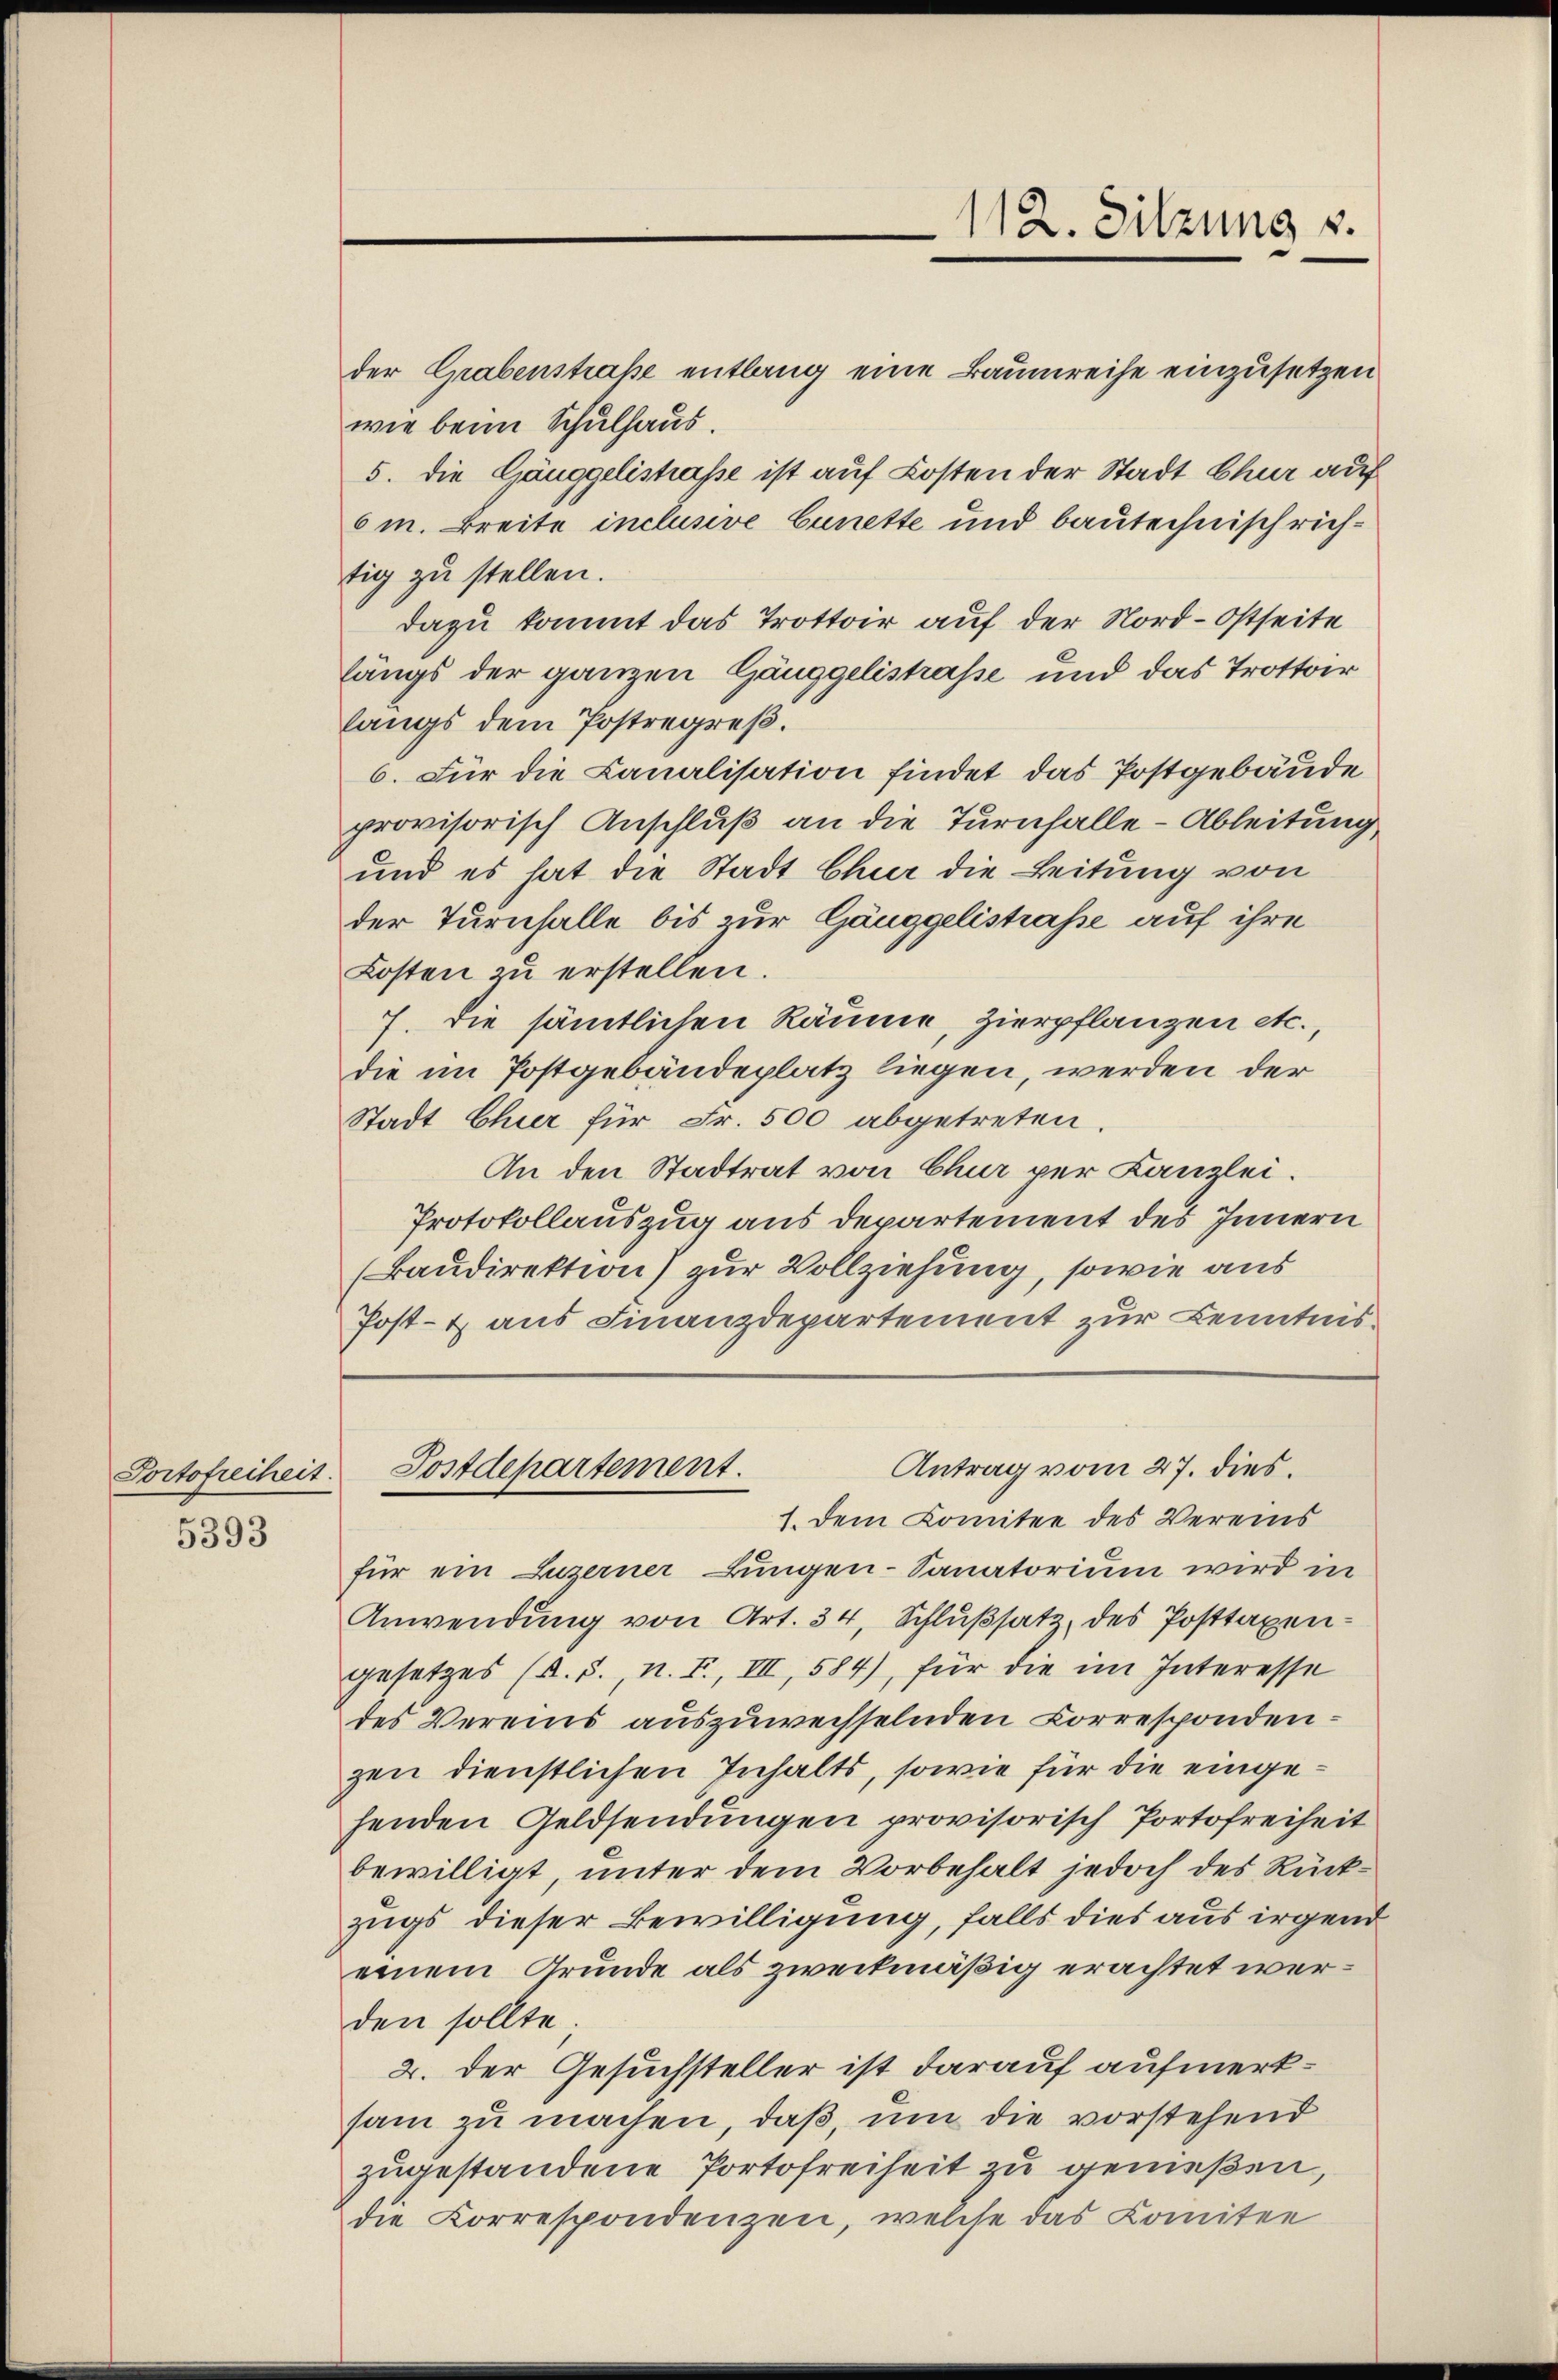
Portofreiheit.

5393

112. Sitzung u.

der Grabenstraße entlang eine Baumreihe einzusetzen
wie beim Schulhaus.
5. Die Gänggelistrasse ist auf Kosten der Stadt Chur auf
6m. Breite inclusive Cunette und bautechnisch richtig zu stellen.
dazu kommt das Trottoir auf der Nord- Ostseite
längs der ganzen Gänggelistrasse und das Trottoir
langs dem Postregreß.
6. Für die Canalisation findet das Postgebäude
provisorisch Anschluß an die Turnhalle - Ableitung
und es hat die Stadt Chur die Leitung von
der Turnhalle bis zur Gänggelistraße auf ihre
Kosten zu erstellen.
7. Die sämtlichen Räume, Zierpflanzen etc.
die im Postgebäudeplatz liegen, werden der
Stadt Chier für Fr. 500 abgetreten
An den Stadtrat von Chur per Canzlei.
Protokollauszug aus Departement des Innern
(Baudirektion) zur Vollziehung, sowie aus
Post- & aus Finanzdepartement zur Kenntnis¬

Antrag vom 27. dies
Postdepartement.

1. Dem Komitee des Vereins
für ein Luzerner Lungen- Sanatorium wird in
Anwendung von Art. 34, Schlußsatz, des Posttaxengesetzes (s. S., n. F., III, 584), für die im Interesse
des Vereins auszuweisselnden Correspondenzen dienstlichen Inhalts, sowie für die eingehenden Geldsendungen provisorisch Portofreiheit
bewilligt, unter dem Vorbehalt jedoch des Rückzugs dieser Bewilligung, falls dies aus irgend
einem Grunde als zweckmäßig erachtet werden sollte
2. der Gesuchsteller ist darauf aufmerksam zu machen, daß, um die vorstehend
zugestandene Portofreiheit zu genießen,
die Korrespondenzen, welche das Komitee